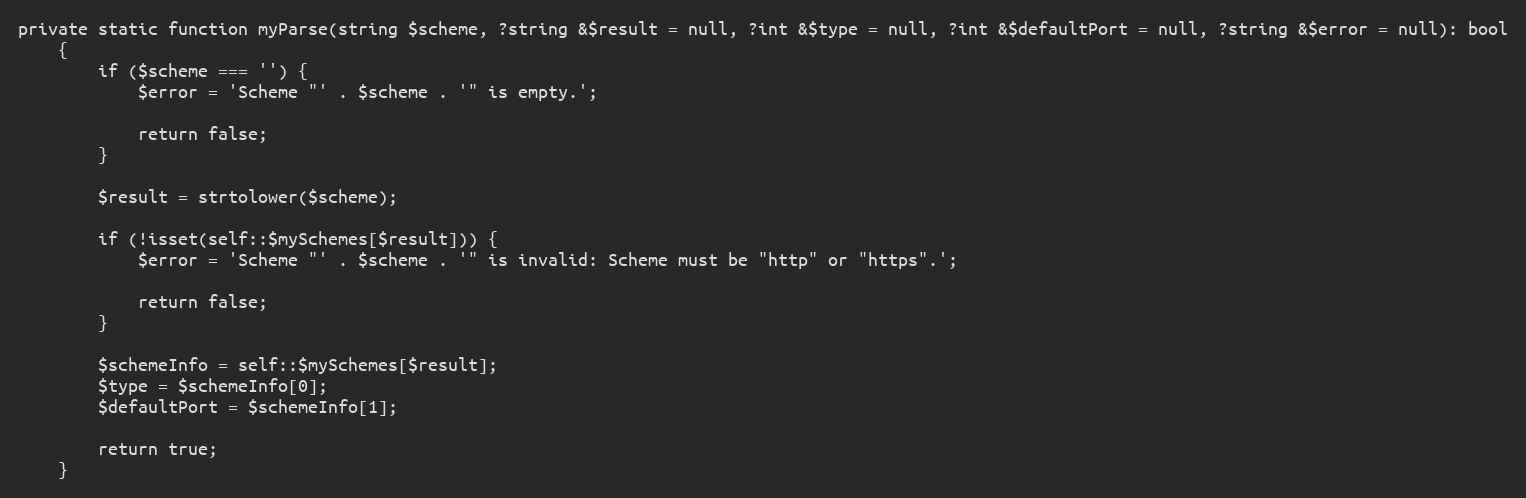
Language: PHP
private static function myParse(string $scheme, ?string &$result = null, ?int &$type = null, ?int &$defaultPort = null, ?string &$error = null): bool
    {
        if ($scheme === '') {
            $error = 'Scheme "' . $scheme . '" is empty.';

            return false;
        }

        $result = strtolower($scheme);

        if (!isset(self::$mySchemes[$result])) {
            $error = 'Scheme "' . $scheme . '" is invalid: Scheme must be "http" or "https".';

            return false;
        }

        $schemeInfo = self::$mySchemes[$result];
        $type = $schemeInfo[0];
        $defaultPort = $schemeInfo[1];

        return true;
    }